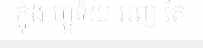
ក្នុង ហ្ឫទ័យ អញ តែ